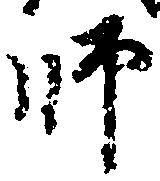
師